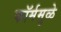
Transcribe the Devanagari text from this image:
फॉर्ममुळे